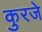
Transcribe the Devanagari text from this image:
कुरजे